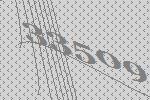
33509